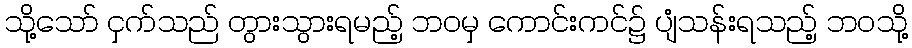
သို့သော် ငှက်သည် တွားသွားရမည့် ဘဝမှ ကောင်းကင်၌ ပျံသန်းရသည့် ဘဝသို့